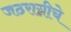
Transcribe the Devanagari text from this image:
जठराग्नीचे